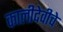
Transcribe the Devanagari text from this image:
कालीदेवीचे